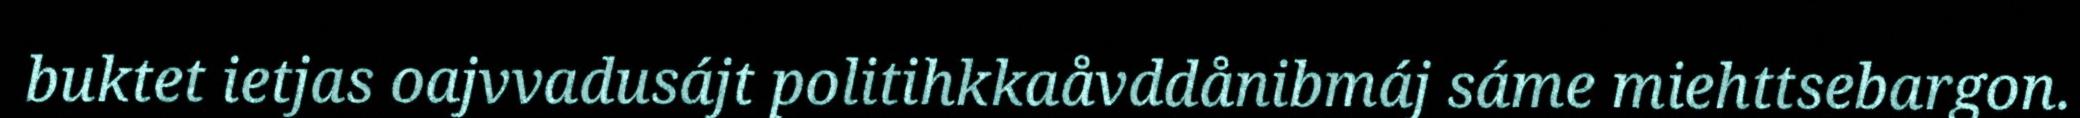
buktet ietjas oajvvadusájt politihkkaåvddånibmáj sáme miehttsebargon.